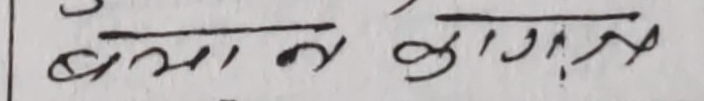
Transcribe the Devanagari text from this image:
बमान कागनर